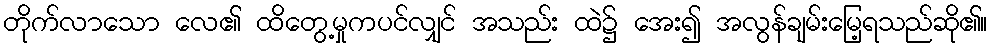
တိုက်လာသော လေ၏ ထိတွေ့မှုကပင်လျှင် အသည်း ထဲ၌ အေး၍ အလွန်ချမ်းမြေ့ရသည်ဆို၏။